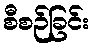
စီစဉ်ခြင်း